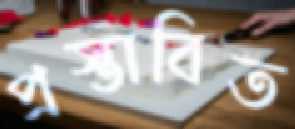
প্রস্তাবিত